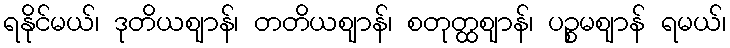
ရနိုင်မယ်၊ ဒုတိယဈာန်၊ တတိယဈာန်၊ စတုတ္ထဈာန်၊ ပဉ္စမဈာန် ရမယ်၊